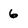
Character: 6